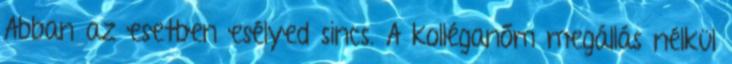
Abban az esetben esélyed sincs. A kolléganőm megállás nélkül